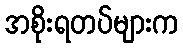
အစိုးရတပ်များက